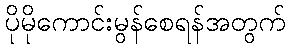
ပိုမိုကောင်းမွန်စေရန်အတွက်